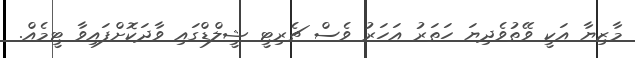
މާޒިޔާ އަކީ ވޭތުވެދިޔަ ހަތަރު އަހަރު ވެސް ޗެރިޓީ ޝީލްޑްގައި ވާދަކޮށްފައިވާ ޓީމެއް.